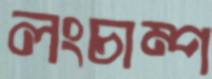
লংচাম্প